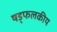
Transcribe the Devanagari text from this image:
षड्फलकीय